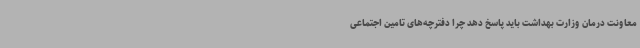
معاونت درمان وزارت بهداشت باید پاسخ دهد چرا دفترچه‌های تامین اجتماعی